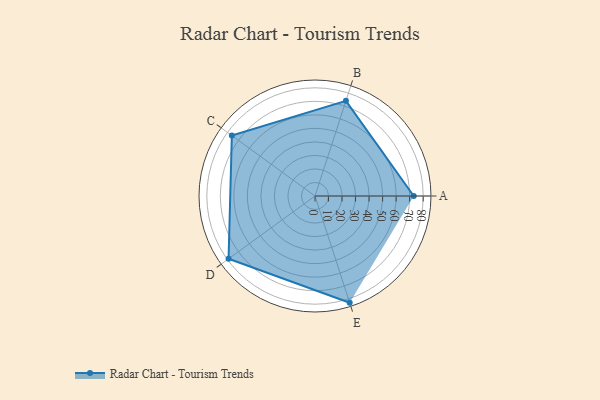
{"axis": {"x": "Skill", "y": "Score"}, "legend": ["Profile"], "data": [{"x": "A", "y": 73.0, "type": "Profile"}, {"x": "B", "y": 74.0, "type": "Profile"}, {"x": "C", "y": 76.0, "type": "Profile"}, {"x": "D", "y": 79.0, "type": "Profile"}, {"x": "E", "y": 83.0, "type": "Profile"}]}